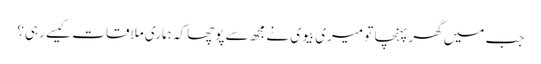
جب میں گھر پہنچا تو میری بیوی نے مجھ سے پوچھا کہ ہماری ملاقات کیسے رہی؟